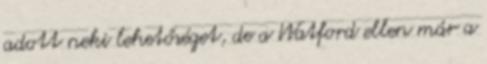
adott neki lehetőséget, de a Watford ellen már a